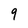
Character: 9